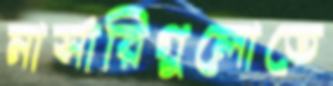
নার্সারিগুলোতে